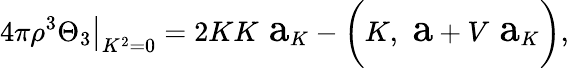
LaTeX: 4\pi\rho^{3}\Theta_{3}{\big|}_{K^{2}=0}=2KK\mathrm{\Large~a}_{K}-{\biggl(}K,\mathrm{\Large~a}+V\mathrm{\Large~a}_{K}{\biggr)},